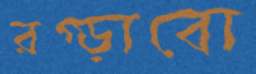
রগ্‌ড়াবো